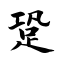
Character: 跫